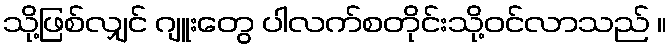
သို့ဖြစ်လျှင် ဂျူးတွေ ပါလက်စတိုင်းသို့ဝင်လာသည် ။